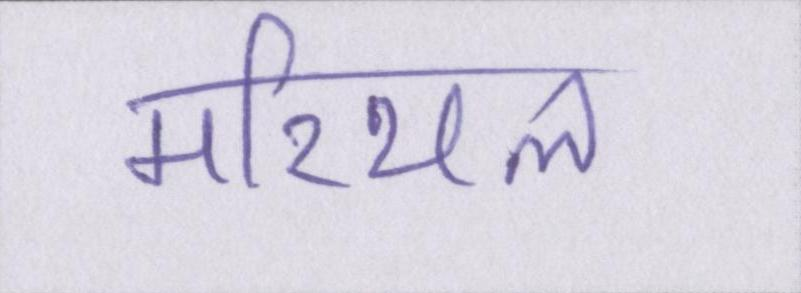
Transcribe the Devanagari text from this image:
मरियल